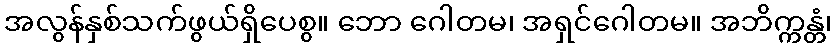
အလွန်နှစ်သက်ဖွယ်ရှိပေစွ။ ဘော ဂေါတမ၊ အရှင်ဂေါတမ။ အဘိက္ကန္တံ၊